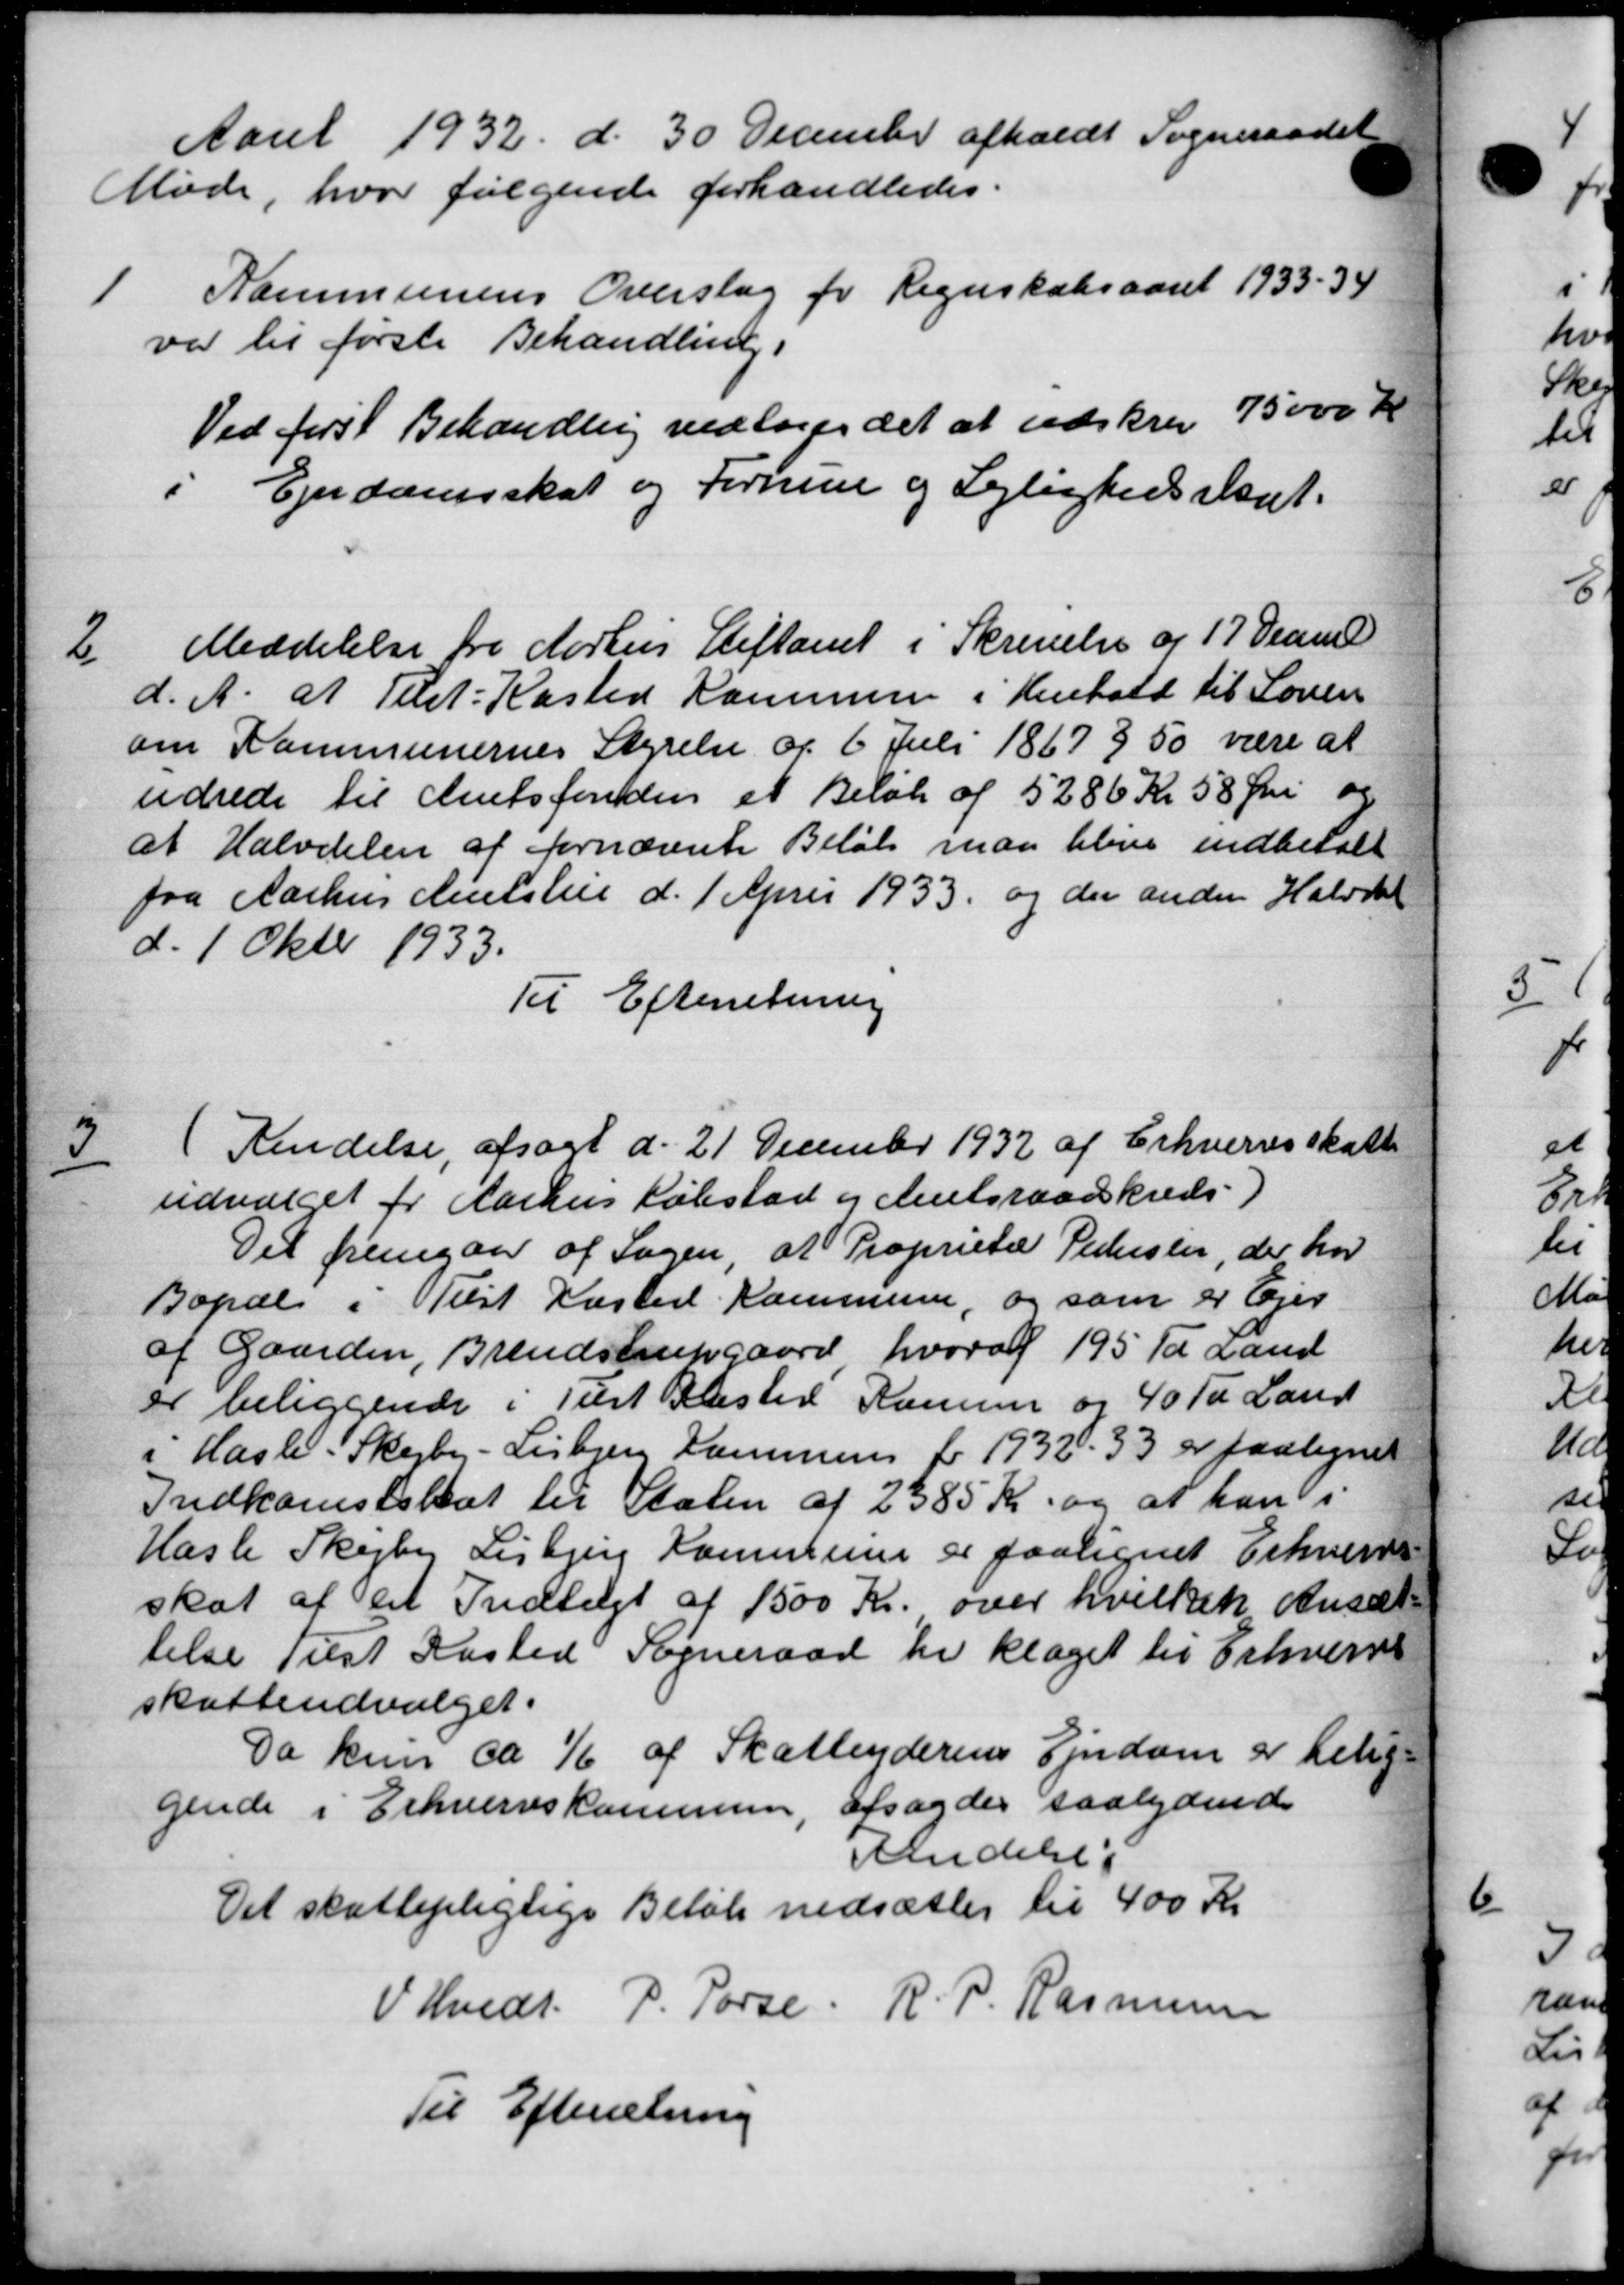
Transskription:
Aaret 1932 d. 30 December afholdt Sogneraadet
Møde, hvor følgende forhandledes.
1
Kommunens Overslag for Regnskabsaaret 1933 - 34
var til første Behandling i
Ved først Behandling vedtoges det at udskrev 75000 Kr
Ejendomsskat og Formue og Lejlighedsskat.
2
Meddelelse fra Aarhus Stiftamt i Skrivelse af 17 Decemb
d. A. at Tilst-Kasted Kommune i Henhold til Loven
om Kommunernes Styrelse af 6 Juli 1867 § 50 være at
udrede til Amtsfonden et Beløb af 5286 Kr 58 Øre og
at Halvdelen af fornævnte Beløb man blive indbetalt
fra Aarhus Melsten d. 1 April 1933 og der anden Halvdel
d. 1 Oktob. 1933.
Til Efterretning
3
(Kendelse, afsagt d. 21 December 1932 af Erhvervsskatte
udvalget for Aarhus Købstad og Amtsraadskreds)
Det fremgaar af Sagen at Proprietær Pedersen, der har
Bopæl i Tilst Kasted Kommune, og som er Ejer
af Gaarden, Brendstrupgaard, hvoraf 195 Td Land
er beliggende i Tilst Elsted Komune og 40 Td Land
i Hasle-Skejby-Lisbjerg Kommen for 1932-33 er paalignet
Indkomstskat til Staten af 2385 Kr og at han i
Hasle Skejby Lisbjerg Kommune er paalignet Erhvervs
skat af en Indtægt af 1500 Kr. over hvilket Ansæt-
telse Tilst Kasted Sogneraad er klaget til Erhvervss
skatteudvalget.
Da kun ca 1/6 af Skatteyderens Ejendom er belig-
gende i Erhvervskommune, afsagdes saalydende
Andelse i
Det skattepligtige Beløb nedsættes til 400 Kr
V. Hvidt. P. Porse. R. P. Rasmussen
Til Efterretning